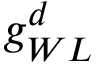
g _ { W L } ^ { d }